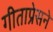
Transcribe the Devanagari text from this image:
गीताप्रेसने